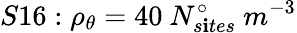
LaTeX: S16:\rho_{\theta}=40\ N_{s\mathbf{i}tes}^{\circ}\ m^{-3}